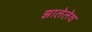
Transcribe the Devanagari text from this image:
झालेलेच